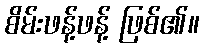
စိမ်းဖန့်ဖန့် ဖြစ်၏။